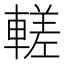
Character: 𬧹